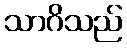
သာဂိသည်